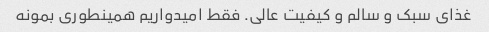
غذای سبک و سالم و کیفیت عالی. فقط امیدواریم همینطوری بمونه